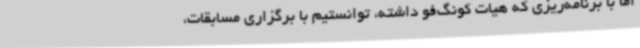
اما با برنامه‌ریزی که هیات کونگ‌فو داشته، توانستیم با برگزاری مسابقات،